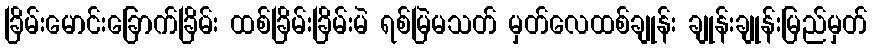
ခြိမ်းမောင်းခြောက်ခြိမ်း ထစ်ခြိမ်းခြိမ်းမဲ ရစ်မြဲမသတ် မှတ်လေထစ်ချုန်း ချုန်းချုန်းမြည်မှတ်